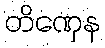
တိဏှေန